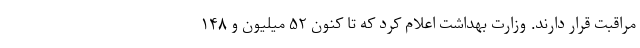
مراقبت قرار دارند. وزارت بهداشت اعلام کرد که تا کنون ۵۲ میلیون و ۱۴۸